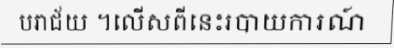
បរាជ័យ ។លើសពីនេះរបាយការណ៍